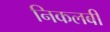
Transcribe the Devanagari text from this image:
निकलबी